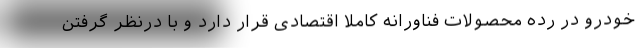
خودرو در رده محصولات فناورانه کاملا اقتصادی قرار دارد و با درنظر گرفتن